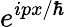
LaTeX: e^{ipx/\hbar}